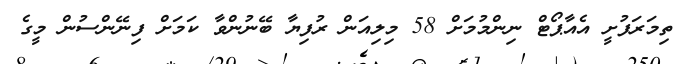
ތިމަރަފުށީ އެއާޕޯޓް ނިންމުމަށް 58 މިލިއަން ރުފިޔާ ބޭނުންވާ ކަމަށް ފިނޭންސުން މީގެ